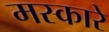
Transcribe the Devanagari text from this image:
मस्कारे